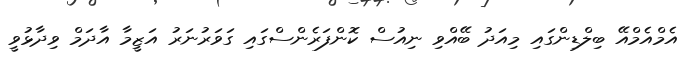
އެމްއެމްއޭ ބިލްޑިންގައި މިއަދު ބޭއްވި ނިއުސް ކޮންފަރެންސްގައި ގަވަރުނަރު އަޒީމާ އާދަމް ވިދާޅުވީ